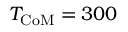
T _ { \mathrm { C o M } } = 3 0 0